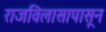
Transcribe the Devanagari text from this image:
राजविलासापासून